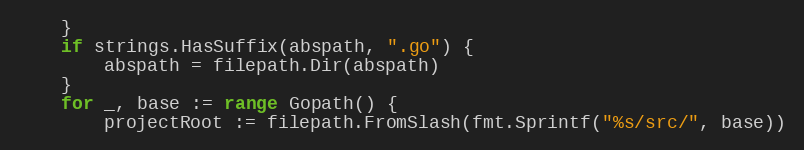
Language: Go
	}
	if strings.HasSuffix(abspath, ".go") {
		abspath = filepath.Dir(abspath)
	}
	for _, base := range Gopath() {
		projectRoot := filepath.FromSlash(fmt.Sprintf("%s/src/", base))